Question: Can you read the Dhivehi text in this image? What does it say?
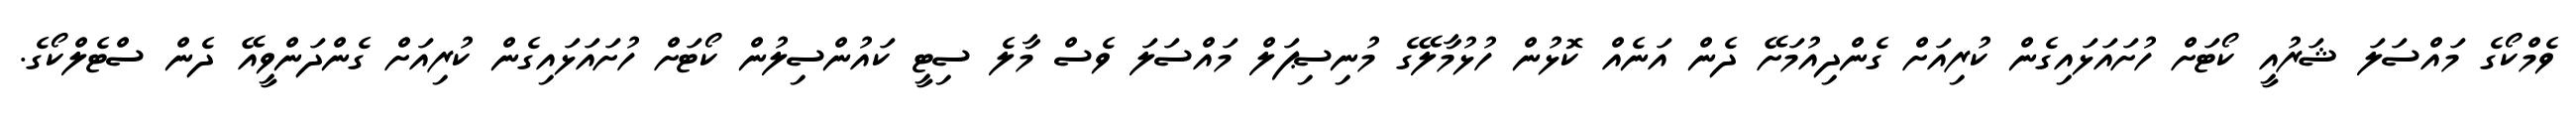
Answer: ވެމްކޯގެ މައްސަލަ ޝަރުއީ ކޯޓަށް ހުށައަޅައިގެން ކުރިއަށް ގެންދިއުމަށޭ ދެން އަނެއް ކޮޅުން ހުޅުމާލޭގެ މުނިސިޕަލް މައްސަލަ ވެސް މާލެ ސިޓީ ކައުންސިލުން ކޯޓަށް ހުށައަޅައިގެން ކުރިއަށް ގެންދަންވީއޭ ދެން ސްޓެލްކޯގެ.